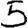
Digit: 5